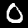
Label: 0